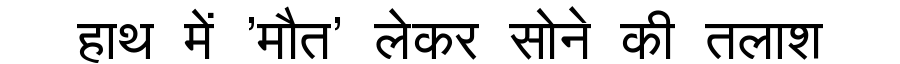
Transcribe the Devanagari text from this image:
हाथ में 'मौत' लेकर सोने की तलाश